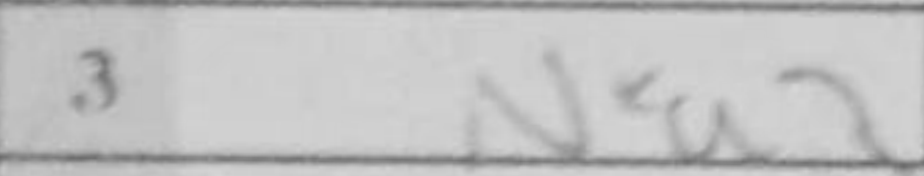
Transcription: Nxa3